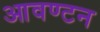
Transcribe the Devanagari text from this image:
आवण्टन